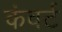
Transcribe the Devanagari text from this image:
कंवर्ट